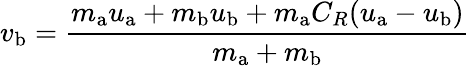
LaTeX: v_{\mathrm{b}}={\frac{m_{\mathrm{a}}u_{\mathrm{a}}+m_{\mathrm{b}}u_{\mathrm{b}}+m_{\mathrm{a}}C_{R}(u_{\mathrm{a}}-u_{\mathrm{b}})}{m_{\mathrm{a}}+m_{\mathrm{b}}}}